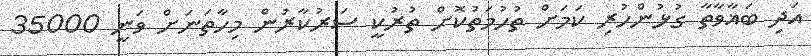
އަދި ބަޣާވާތާ ގުޅުންހުރި ކަމަށް ތުހުމަތުކޮށް ތުރުކީ ސަރުކާރުން މިހާތަނަށް ވަނީ 35000